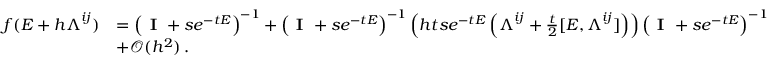
\begin{array} { r l } { f ( \boldsymbol { E } + h \boldsymbol { \Lambda } ^ { i j } ) } & { = \left( \textbf { I } + s e ^ { - t \boldsymbol { E } } \right) ^ { - 1 } + \left( \textbf { I } + s e ^ { - t \boldsymbol { E } } \right) ^ { - 1 } \left( h t s e ^ { - t \boldsymbol { E } } \left( \boldsymbol { \Lambda } ^ { i j } + \frac { t } { 2 } [ \boldsymbol { E } , \boldsymbol { \Lambda } ^ { i j } ] \right) \right) \left( \textbf { I } + s e ^ { - t \boldsymbol { E } } \right) ^ { - 1 } } \\ & { + \mathcal { O } ( h ^ { 2 } ) \, . } \end{array}